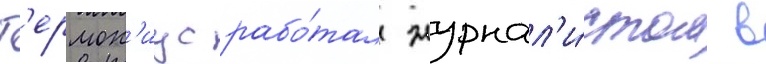
Г'ермон'иус рабо́тал журнал'и́стом в